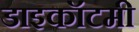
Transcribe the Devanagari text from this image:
डाइकॉटमी